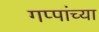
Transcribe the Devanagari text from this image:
गप्पांच्या